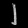
Digit: ၂